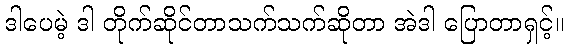
ဒါပေမဲ့ ဒါ တိုက်ဆိုင်တာသက်သက်ဆိုတာ အဲဒါ ပြောတာရှင့်။